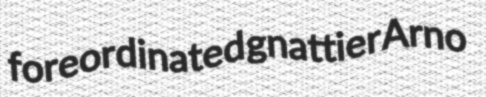
foreordinated gnattier Arno